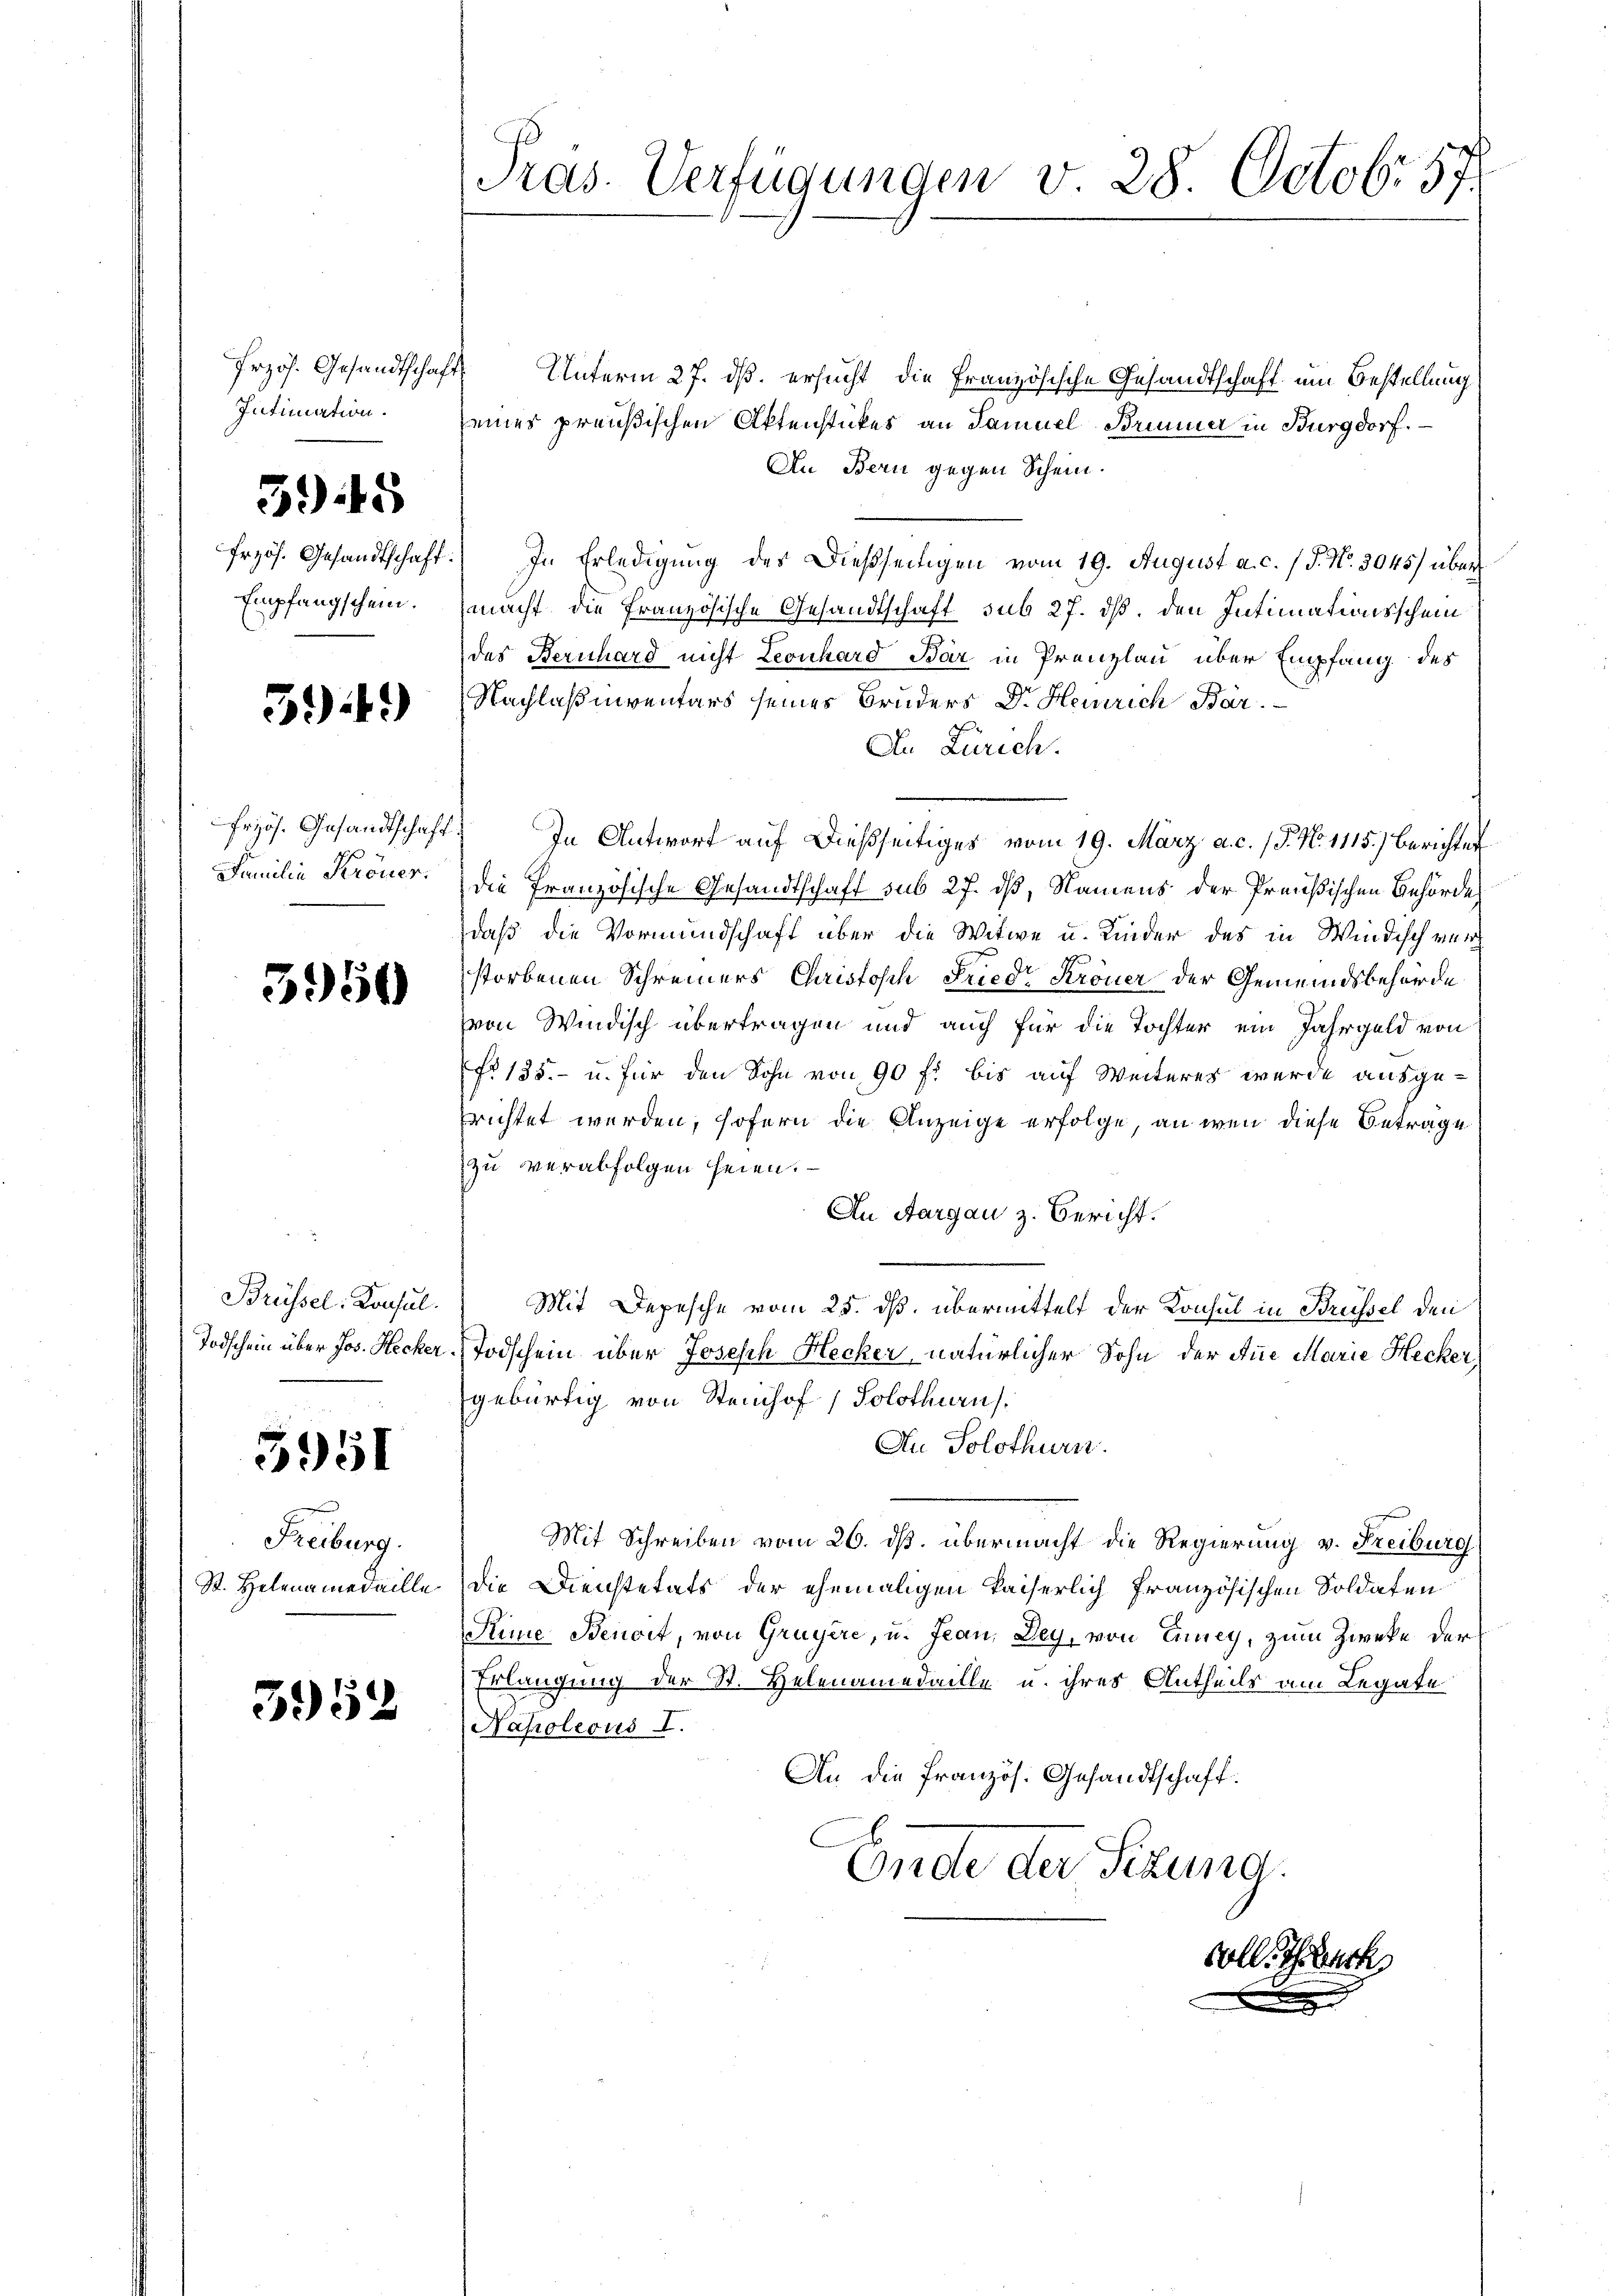
Przös. Gesandtschaft
Intimation.

545

frzös. Gesandtschaft:
Empfangschein.

549)

frzös. Gesandtschaft
Familie Kröner.

5950

Brüssel. Konsul.
Todschein über Jos. Hecker.

3951

Freiburg.
St. Helenamedaille

3952

Präs. Verfügungen v. 28. Octobr 57

Unterm 27. ds. ersucht, die Französische Gesandtschaft um Bestellung
eines preußischen Aktenstückes an Samuel Brunner in Burgdorf.
An Bern gegen Schein.
In Erledigung des Dießseitigen vom 19. August a. c. (T. No. 3045) über
macht, die Französische Gesandtschaft, sub 27. dß. den Intimationsschein
des Bernhard nicht Leonhard Bär in Prenzlau über Empfang des
Nachlaßenventars seines Bruders Dr. Heinrich Bar.
An Zürich.
In Antwort auf dießseitiges vom 19. März a. c. 15. No. 1115.) Berichtet
die französische Gesandtschaft sub 27. dß, Namens der Preußischen Behörde
daß die Vormundschaft über die Witwe u. Kinder des in Windisch verstorbenen Schreiners Christosch Friedr Kröner der Gemeindsbehörde
von Windisch übertragen und auch für die Tochter ein Jahrgeld von
No 135.- u. für den Sohn von 90 f: bis auf Weiteres wurde ausgerichtet werden, sofern die Anzeige erfolge, an wenn diese Betrage
zu verabfolgen seien.
An Aargau z. Bericht.
Mit Depesche vom 25. ds. übermittelt der Konsul in Brüssel den
Todschein über Joseph Hecker, natürlicher Sohn der Aue Marie Hecker,
gebürtig von Steinhof, Solothurn.
Au Solothurn.
Mit Schreiben vom 26. ds. übermacht die Regierung v. Freiburg
die Dienstetats der ehemaligen Kaiserlich französischen Soldaten
Rime Benoit, von Gruyère, u. Jean, Dey, von Einney, zum Zwecke der
Erlangung der St. Helenamedaille u. ihres Antheils am Legate
Napoleons I.
An die französ. Gesandtschaft.
Ende der Sizung.
soll. Schwert